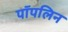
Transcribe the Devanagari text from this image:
पॉपलिन